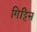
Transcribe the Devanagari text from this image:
गिट्टिन